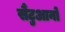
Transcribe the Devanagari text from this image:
सैंटुआनो